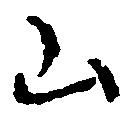
山